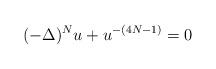
LaTeX: \begin{align*}(-\Delta)^N u + u^{-(4N-1)} = 0\end{align*}